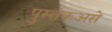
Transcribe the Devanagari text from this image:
पुस्तकअसे